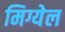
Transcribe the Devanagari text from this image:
मिग्येल